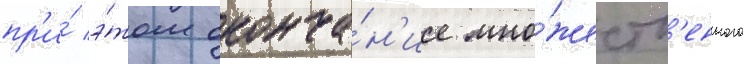
пр'и́ э́том оконча́н'ие мно́жеств'енного